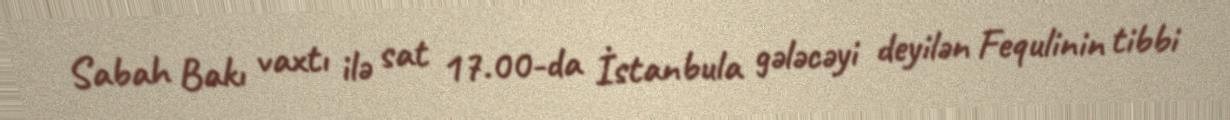
Sabah Bakı vaxtı ilə sat 17.00-da İstanbula gələcəyi deyilən Fequlinin tibbi